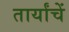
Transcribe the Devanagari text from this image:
तार्यांचें